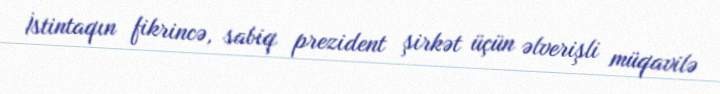
İstintaqın fikrincə, sabiq prezident şirkət üçün əlverişli müqavilə